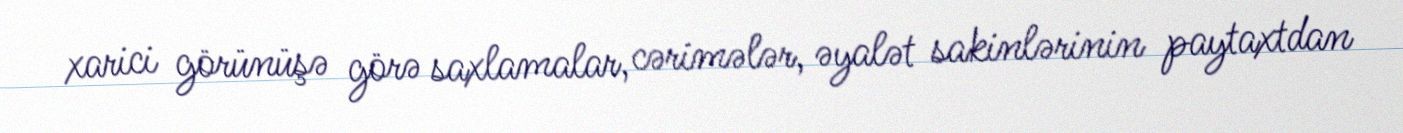
xarici görünüşə görə saxlamalar, cərimələr, əyalət sakinlərinin paytaxtdan